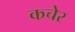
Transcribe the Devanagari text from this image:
कचेर